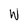
Character: W